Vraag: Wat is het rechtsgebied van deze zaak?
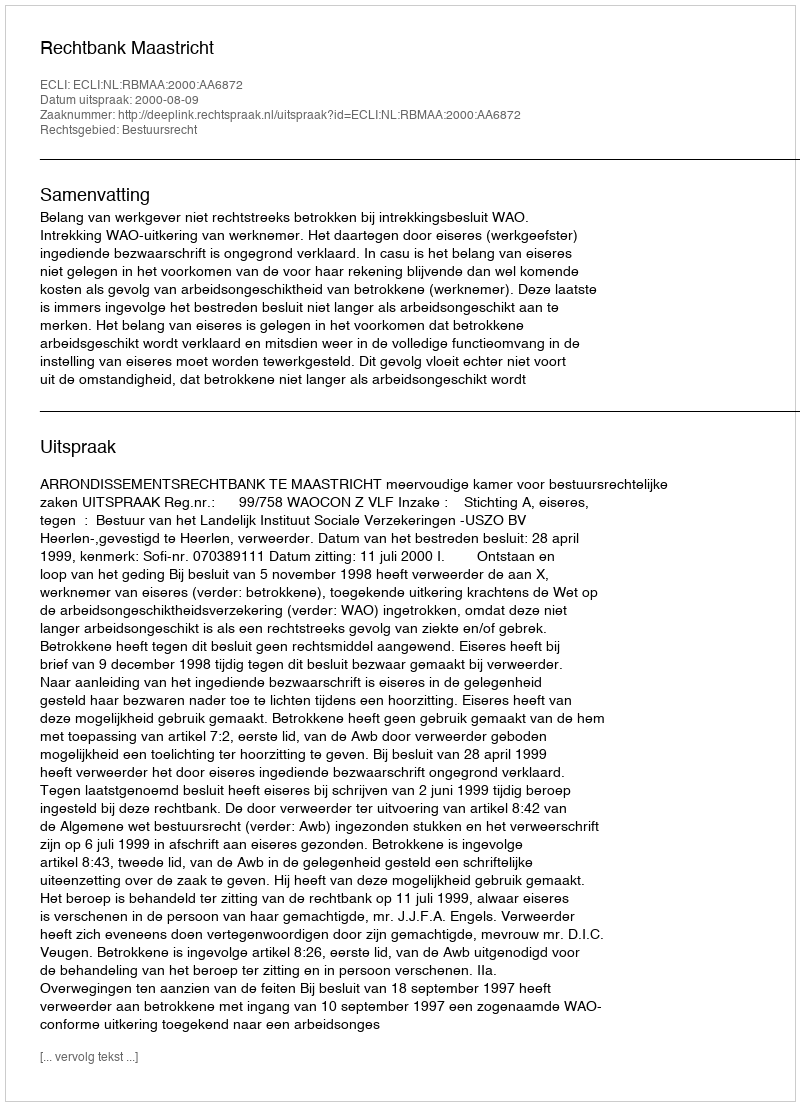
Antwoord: Bestuursrecht